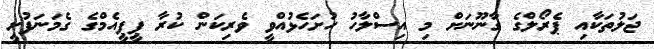
ޖަލުތަކާއި ޕެރޯލްގެ ގާނޫނަށް މި އިސްލާހު ހުށަހެޅުއްވީ ވެރިކަން ކުރާ ޕީޕީއެމްގެ ގެމަނަފުށީ